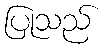
ပြုသည်